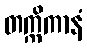
တက္ကိကာနံ